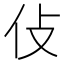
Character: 𠆸